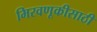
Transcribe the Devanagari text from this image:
मिरवणूकीसाठी